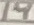
Text: 14